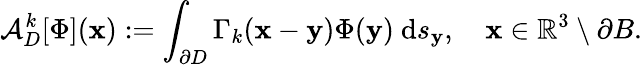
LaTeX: \displaystyle\mathcal{A}_{D}^{k}[\Phi](\mathbf{x}):=\int_{\partial D}\Gamma_{k}(\mathbf{x}-\mathbf{y})\Phi(\mathbf{y})~\mathrm{d}s_{\mathbf{y}},\quad\mathbf{x}\in\mathbb{R}^{3}\setminus\partial B.